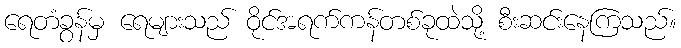
ရေတံခွန်မှ ရေများသည် ဝိုင်အရက်ကန်တစ်ခုထဲသို့ စီးဆင်းနေကြသည်။